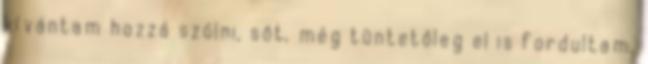
kívántam hozzá szólni, sőt, még tüntetőleg el is fordultam,